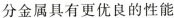
C.镁、铝都是活泼金属，相同质量时与足量的稀盐酸反应放出氢气的体积相同